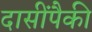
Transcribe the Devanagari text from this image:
दासींपैकी